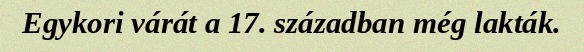
Egykori várát a 17. században még lakták.